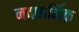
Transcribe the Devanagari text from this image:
नवधार्मिक